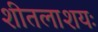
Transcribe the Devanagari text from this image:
शीतलाशयः